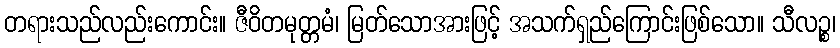
တရားသည်လည်းကောင်း။ ဇီဝိတမုတ္တမံ၊ မြတ်သောအားဖြင့် အသက်ရှည်ကြောင်းဖြစ်သော။ သီလဉ္စ၊